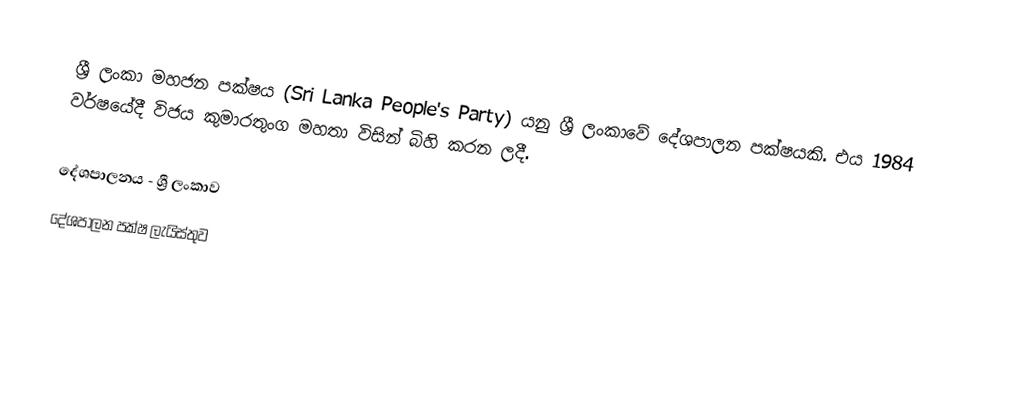
ශ්‍රී ලංකා මහජන පක්ෂය (Sri Lanka People's Party) යනු ශ්‍රී ලංකාවේ දේශපාලන පක්ෂයකි. එය 1984 වර්ෂයේදී විජය කුමාරතුංග මහතා විසින් බිහි කරන ලදී.

දේශපාලනය - ශ්‍රී ලංකාව
දේශපාලන පක්ෂ ලැයිස්තුව